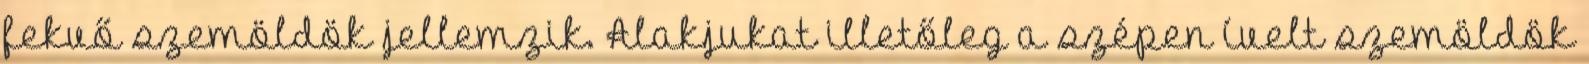
fekvő szemöldök jellemzik. Alakjukat illetőleg a szépen ívelt szemöldök